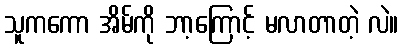
သူကကော အိမ်ကို ဘာ့ကြောင့် မလာတာတဲ့ လဲ။